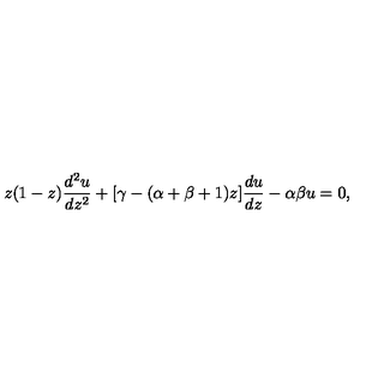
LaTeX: z ( 1 - z ) { \frac { d ^ { 2 } u } { d z ^ { 2 } } } + [ \gamma - ( \alpha + \beta + 1 ) z ] { \frac { d u } { d z } } - \alpha \beta u = 0 ,